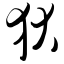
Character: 狄